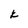
Character: k